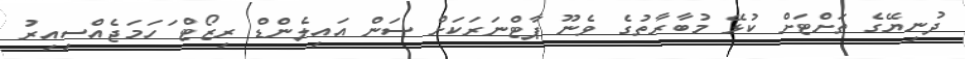
ދުނިޔޭގެ ތަށްޓަށް ކުޅޭ މުބާރާތުގެ ވެނޫ ޕާޓްނަރަކަށް ސަން އައިލެންޑް ރިޒޯޓް ަހަމަޖެއްސިއިރު